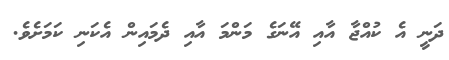
ދަނީ އެ ކުއްޖާ އާއި އޭނަގެ މަންމަ އާއި ދެމައިން އެކަނި ކަމަށެވެ.